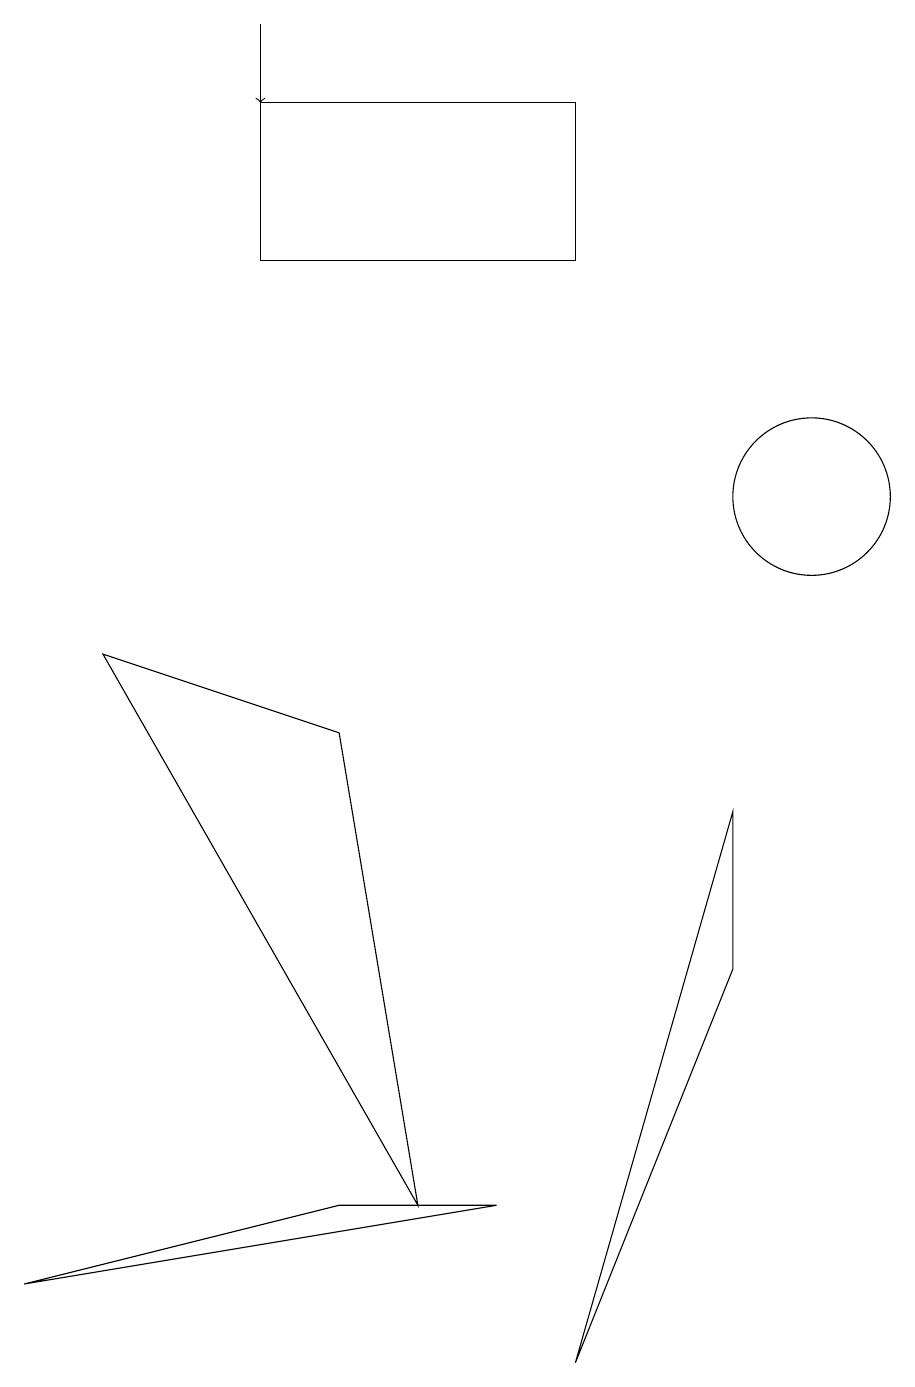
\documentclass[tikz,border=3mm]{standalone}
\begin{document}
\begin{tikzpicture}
\draw (10,11) circle (1);
\draw (7,16) rectangle (3,14);
\draw[->] (3,17) -- (3,16);
\draw (9,5) -- (9,7) -- (7,0) -- cycle;
\draw (4,2) -- (6,2) -- (0,1) -- cycle;
\draw (5,2) -- (1,9) -- (4,8) -- cycle;
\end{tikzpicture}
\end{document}